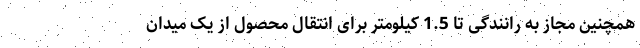
همچنین مجاز به رانندگی تا 1.5 کیلومتر برای انتقال محصول از یک میدان